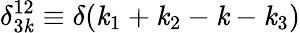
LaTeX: \delta_{3\mathit{k}}^{12}\equiv\delta(\mathit{k}_{1}+\mathit{k}_{2}-\mathit{k}-\mathit{k}_{3})